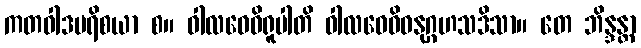
ကတဝါဒပရိစယာ စ။ ဝါလဝေဓိရူပါတိ ဝါလဝေဓိဓနုဂ္ဂဟသဒိသာ။ တေ ဘိန္ဒန္တာ